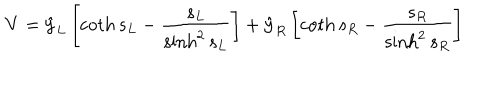
{ \bf V } = { \hat { \bf y } } _ { L } \left[ \coth s _ { L } - { \frac { s _ { L } } { \sinh ^ { 2 } s _ { L } } } \right] + { \hat { \bf y } } _ { R } \left[ \coth s _ { R } - { \frac { s _ { R } } { \sinh ^ { 2 } s _ { R } } } \right]